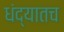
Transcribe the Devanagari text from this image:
धंद्यातच